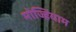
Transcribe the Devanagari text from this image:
मोज्हियाम